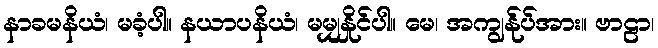
နာခမနိယံ၊ မခံ့ပါ။ နယာပနိယံ၊ မမျှနှိုင်ပါ။ မေ၊ အကျွန်ုပ်အား။ ဗာဠာ၊